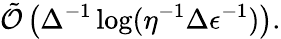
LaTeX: \tilde{\mathcal{O}}\left(\Delta^{-1}\log(\eta^{-1}\Delta\epsilon^{-1})\right).